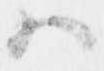
ハ